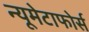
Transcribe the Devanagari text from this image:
न्यूमेटाफोर्स